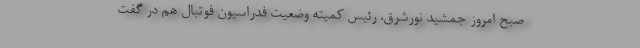
صبح امروز جمشید نورشرق، رئیس کمیته وضعیت فدراسیون فوتبال هم در گفت